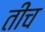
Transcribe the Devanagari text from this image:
तींच